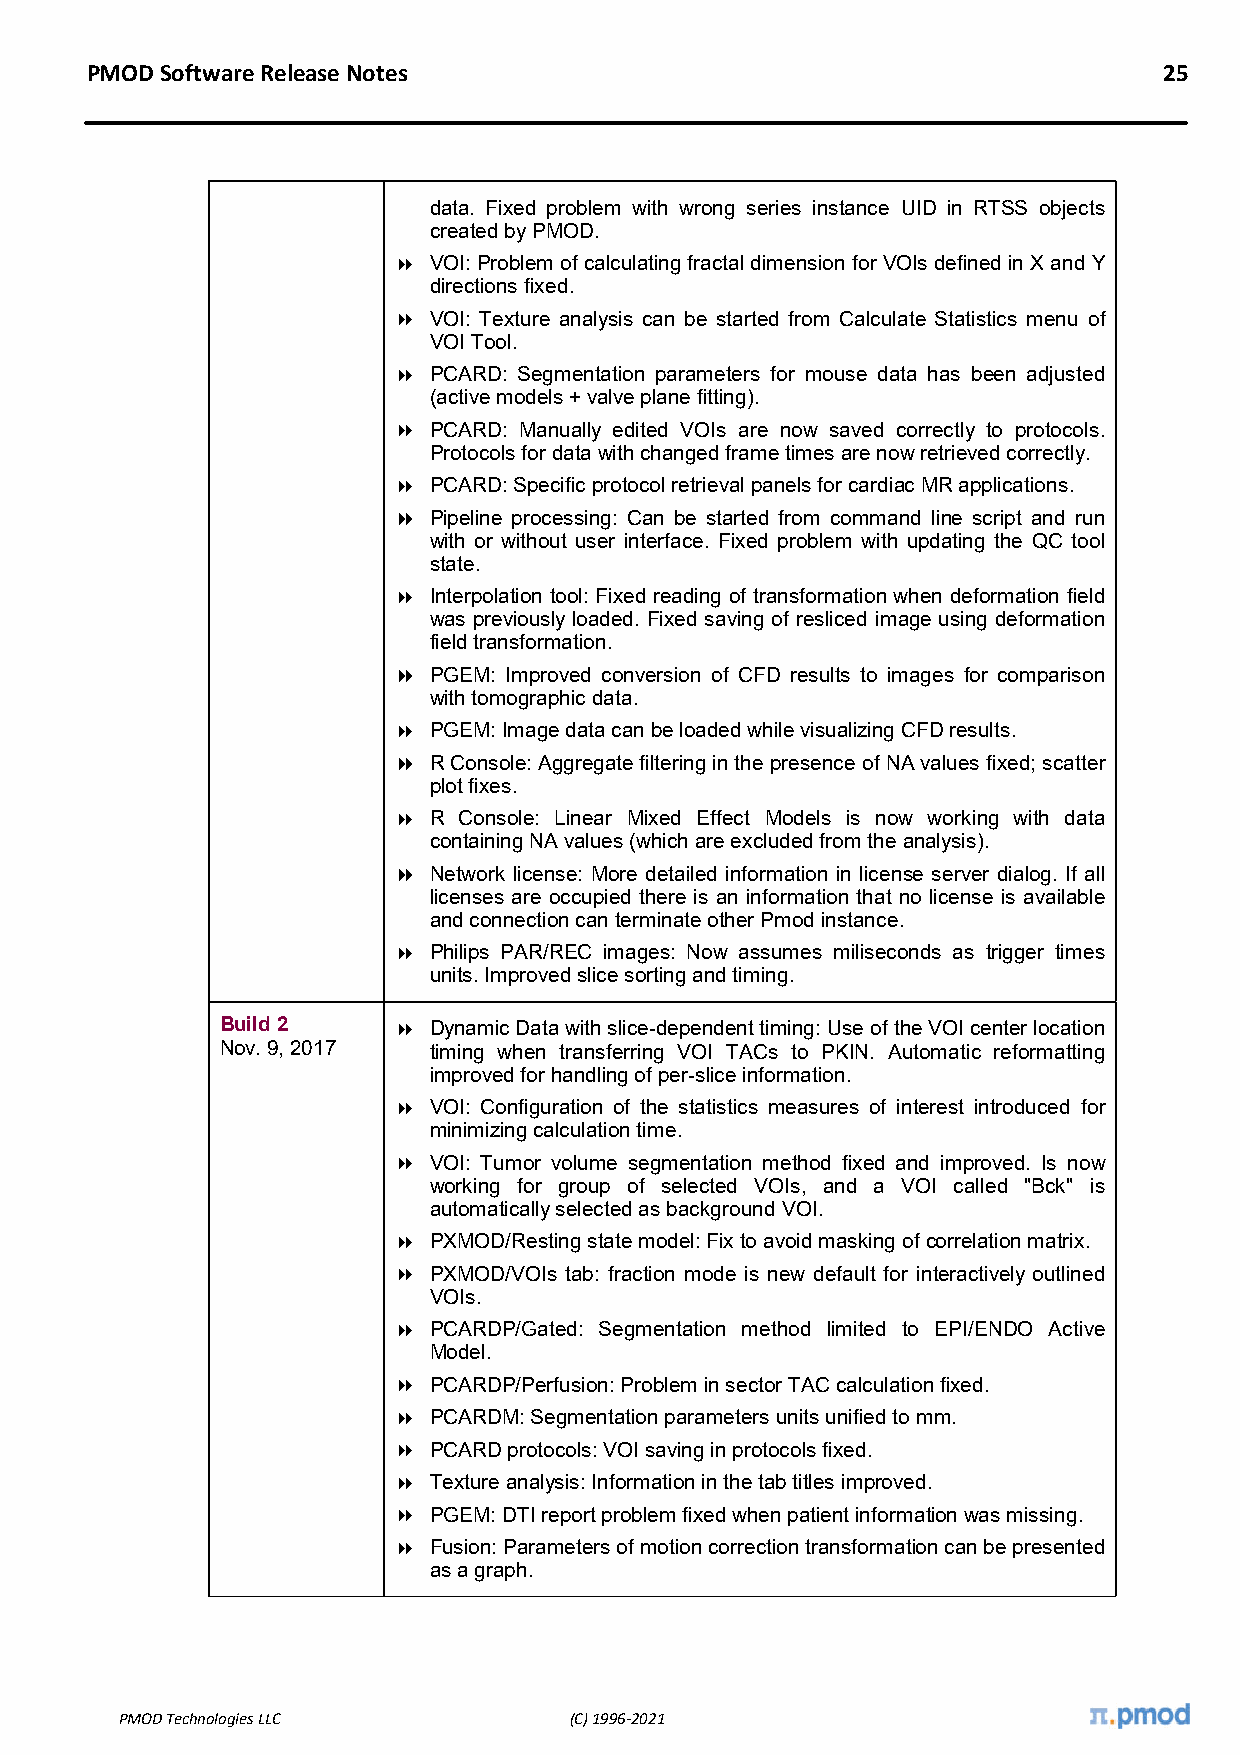
PMOD Software Release Notes                                            25
 data. Fixed problem with wrong series instance UID in RTSS objects
 created by PMOD.
  VOI: Problem of calculating fractal dimension for VOIs defined in X and Y
 directions fixed.
  VOI: Texture analysis can be started from Calculate Statistics menu of
 VOI Tool.
  PCARD: Segmentation parameters for mouse data has been adjusted
 (active models + valve plane fitting).
  PCARD: Manually edited VOIs are now saved correctly to protocols.
 Protocols for data with changed frame times are now retrieved correctly.
  PCARD: Specific protocol retrieval panels for cardiac MR applications.
  Pipeline processing: Can be started from command line script and run
 with or without user interface. Fixed problem with updating the QC tool
 state.
  Interpolation tool: Fixed reading of transformation when deformation field
 was previously loaded. Fixed saving of resliced image using deformation
 field transformation.
  PGEM: Improved conversion of CFD results to images for comparison
 with tomographic data.
  PGEM: Image data can be loaded while visualizing CFD results.
  R Console: Aggregate filtering in the presence of NA values fixed; scatter
 plot fixes.
  R Console: Linear Mixed Effect Models is now working with data
 containing NA values (which are excluded from the analysis).
  Network license: More detailed information in license server dialog. If all
 licenses are occupied there is an information that no license is available
 and connection can terminate other Pmod instance.
  Philips PAR/REC images: Now assumes miliseconds as trigger times
 units. Improved slice sorting and timing.
 Build 2     Dynamic Data with slice-dependent timing: Use of the VOI center location
 Nov. 9, 2017 timing when transferring VOI TACs to PKIN. Automatic reformatting
 improved for handling of per-slice information.
  VOI: Configuration of the statistics measures of interest introduced for
 minimizing calculation time.
  VOI: Tumor volume segmentation method fixed and improved. Is now
 working for group of selected VOIs, and a VOI called "Bck" is
 automatically selected as background VOI.
  PXMOD/Resting state model: Fix to avoid masking of correlation matrix.
  PXMOD/VOIs tab: fraction mode is new default for interactively outlined
 VOIs.
  PCARDP/Gated: Segmentation method limited to EPI/ENDO Active
 Model.
  PCARDP/Perfusion: Problem in sector TAC calculation fixed.
  PCARDM: Segmentation parameters units unified to mm.
  PCARD protocols: VOI saving in protocols fixed.
  Texture analysis: Information in the tab titles improved.
  PGEM: DTI report problem fixed when patient information was missing.
  Fusion: Parameters of motion correction transformation can be presented
 as a graph.
 PMOD Technologies LLC         (C) 1996-2021